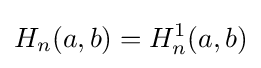
H_{n}(a,b)=H_{n}^{1}(a,b)